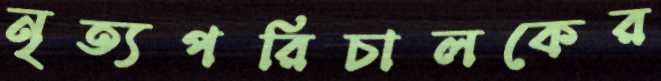
নৃত্যপরিচালকের